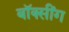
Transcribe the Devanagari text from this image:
बॉक्सींग